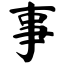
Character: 事